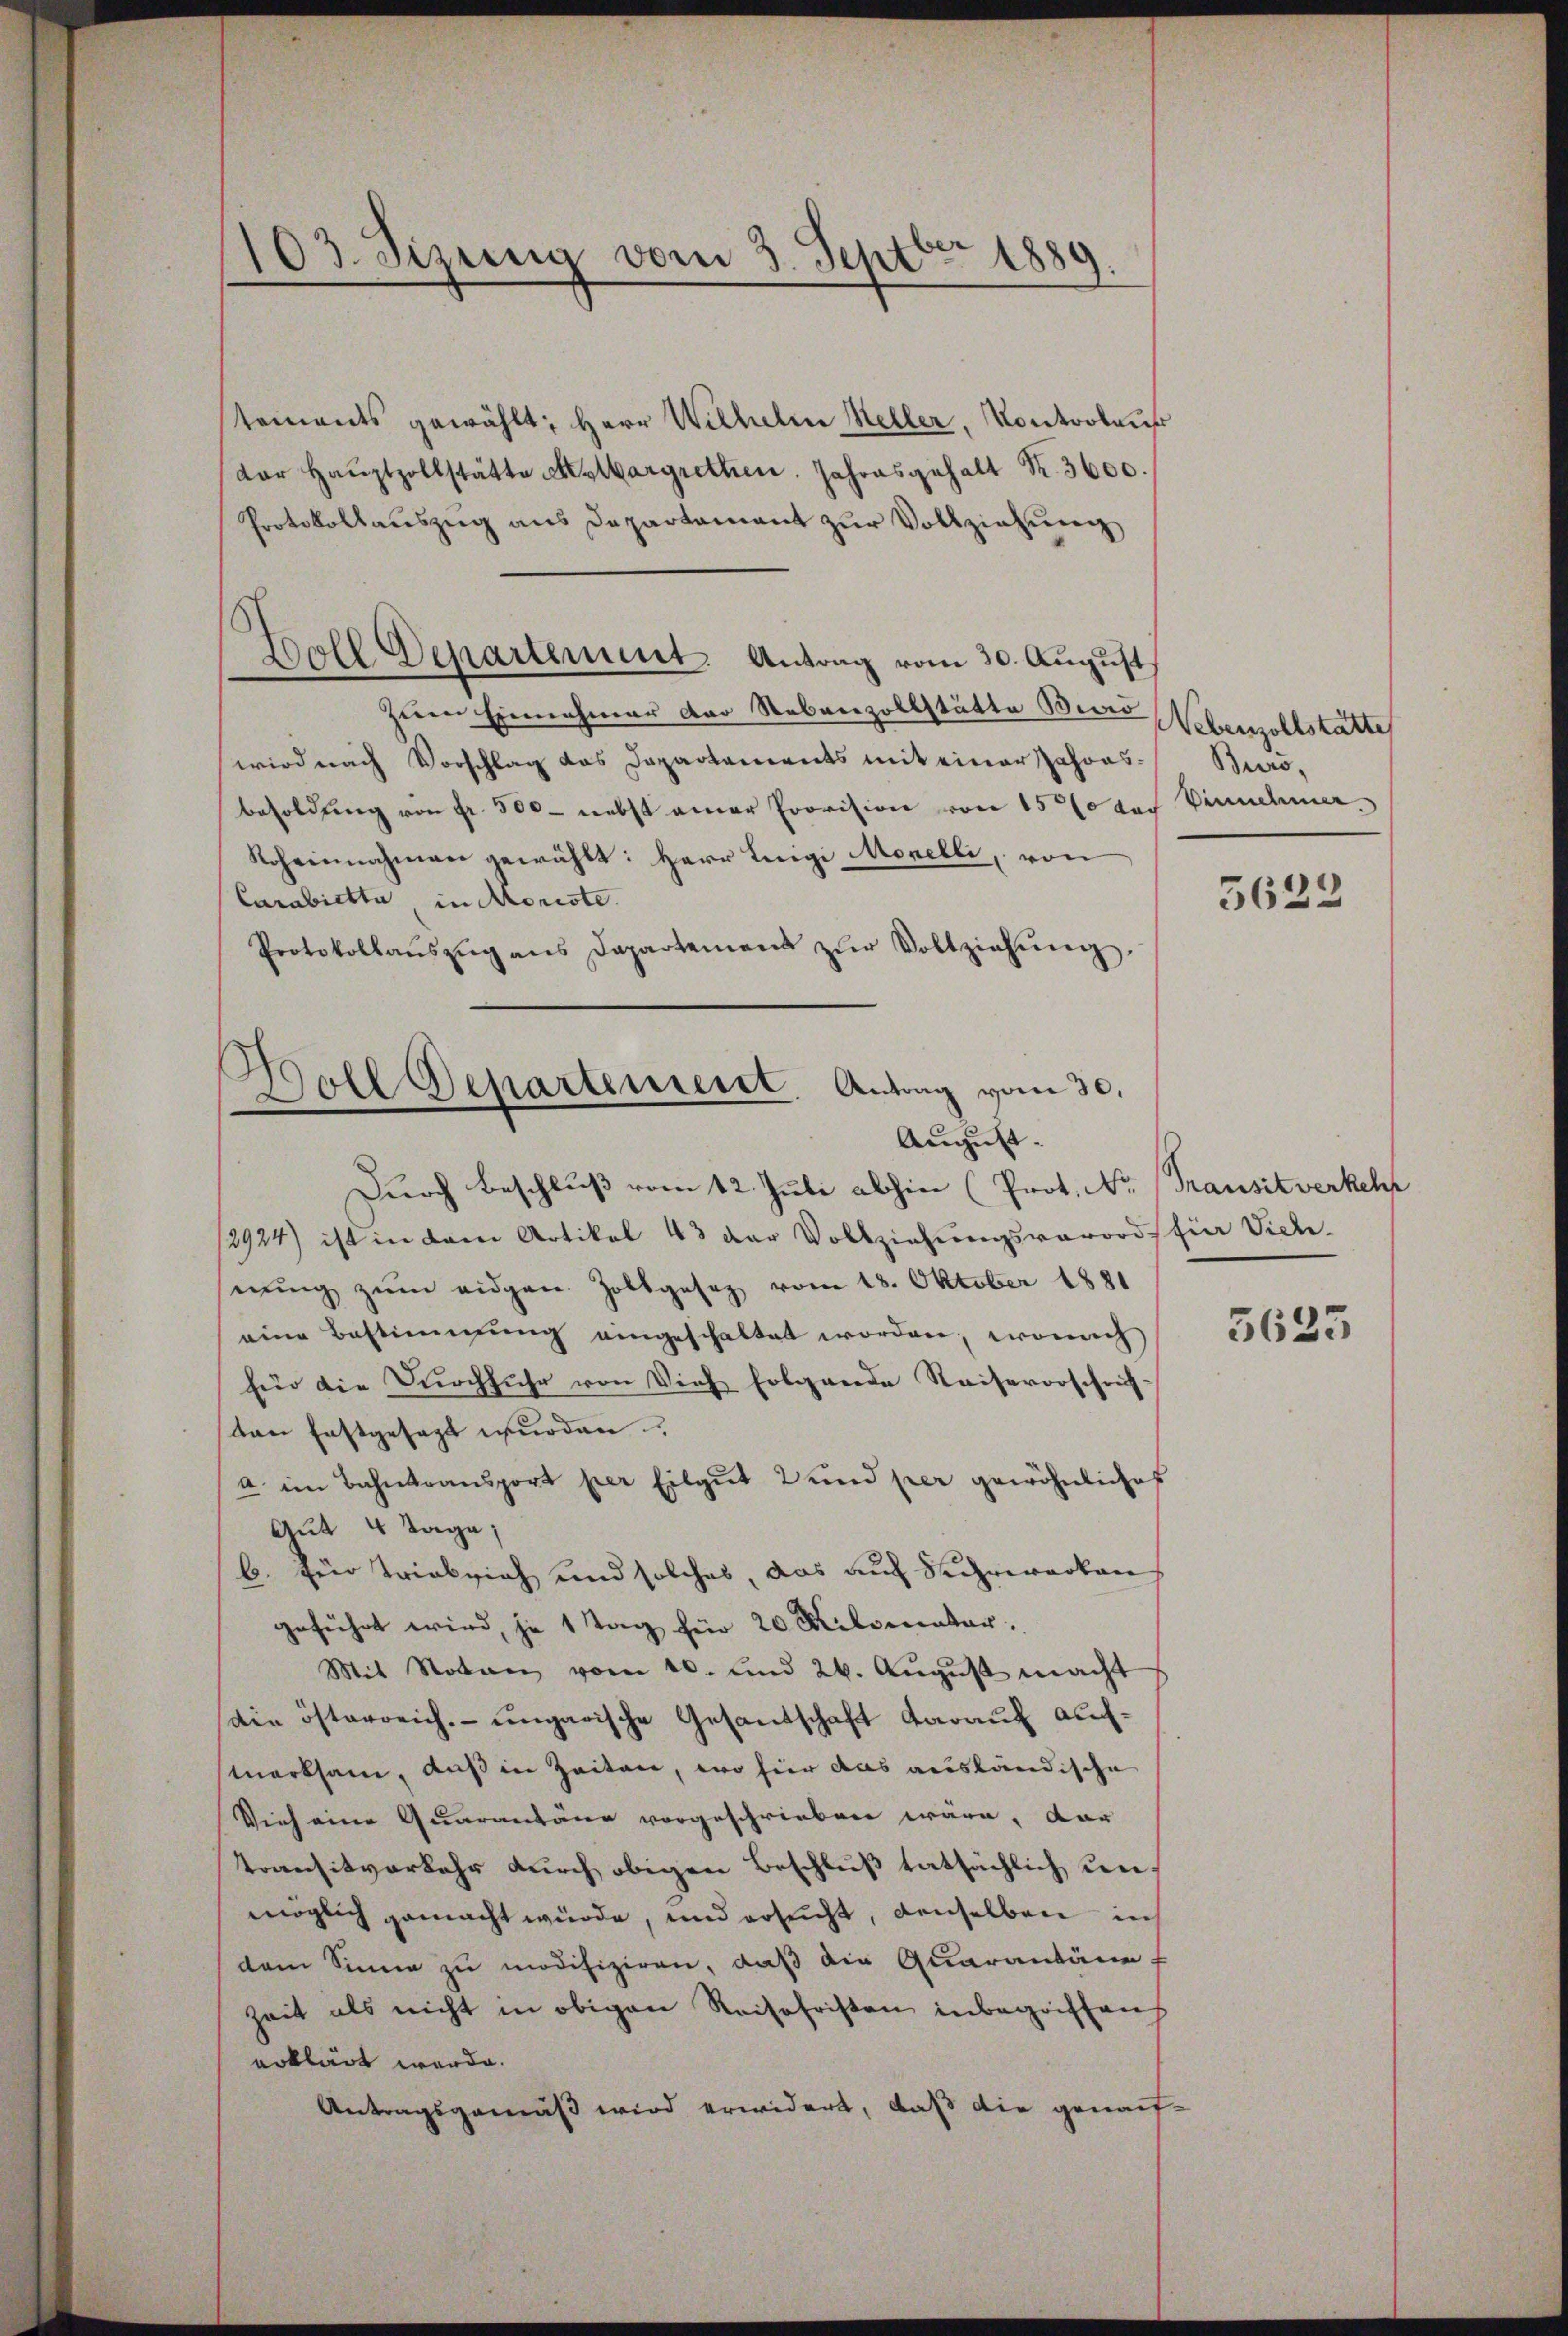
103. Sizung vom 3. Septbr 1889.

Zoll Departement. Antrag vom 30. August

s
Departement. Antrag vom 30.
0
August.

tements gewählt: Herr Wilhelm Heller, Kontroleur
dor Haŭptzollstätte Melbargrethen. Jahresgehalt K. 3600.
Protokollauszug aus Departement zur Vollziehung
zum Einnahmer der Rebrerzollstätte Bicio
wird nach Vorschlag das Departements mit einer Jahres-Buro,
besoldung von Fr. 500 — nebst einer Provision von 1500 das Vinnehmer.
Rheinnahmen gewählt: Herr Luigi Morelli, von
Carabietta, in Moriste.
Protokollaŭszŭg ans Departement zŭr Vollziehŭng
Durch Beschluß vom 12. Juli abhin (Prot. Nr. Transitverkehr
/2924) ist in dem Artikel 43 der Vollziehungsverords für Viehe.
nŭng zŭm eidgen. Zollgesez vom 18. Oktober 1881
eine Bestimmung eingeschaltet worden, wonach
für die Dŭrchführ von Vieh folgende Reisevorschrif-
ten festgesagt wurden.
a im Bahntransport per Eilgut 2 und per gewöhnliches
Gut 4 Tage,
b. für Triebsich und solches, das auf Suhrwerken
geführt wird, je 1 Tag für 20 Milomater,
Mit Noten vom 10. und 26. August macht
die österreich, ungarische Gesantschaft darauf auchmerksam, aus in Zeiten, wo für das ausländische
Vieh eine Quarantäne vorgeschrieben wäre, dar
Kransitverkehr durch obigen Beschluß tatsächlich unmöglich gemacht würde, und ersucht, denselben in
dem Sinne zu modifiziren, daß die Quarantäir
Zeit als nicht in obigen Reisofristen inbegriffen
erklärt werde.
Antragsgemäß wird erwidert, daß die genauf¬

Nebenzollstätte

5622

5623